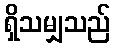
ရှိသမျှသည်